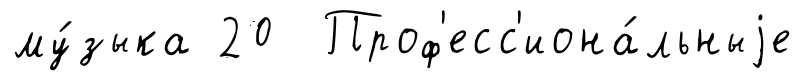
му́зыка 20 Проф'есс'иона́льныjе